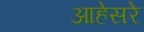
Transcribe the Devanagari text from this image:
आहेसरे